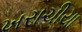
ખરાચીયા